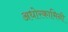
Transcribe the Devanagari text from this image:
अधोरकामिनी